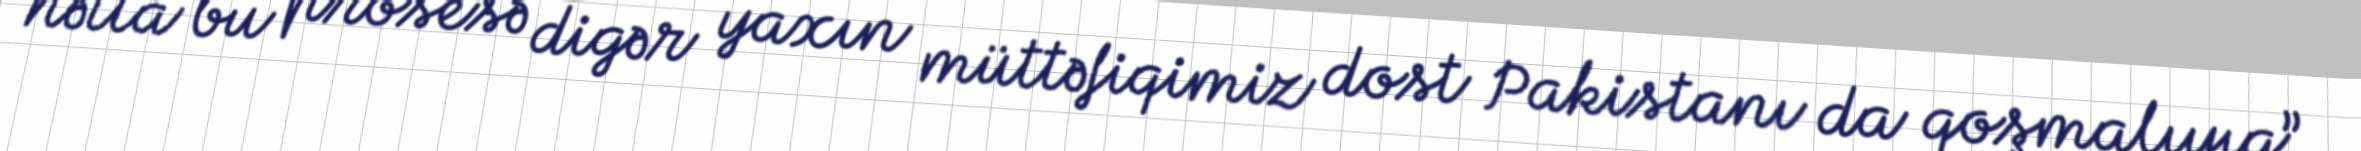
hətta bu prosesə digər yaxın müttəfiqimiz dost Pakistanı da qoşmalıyıq”.